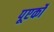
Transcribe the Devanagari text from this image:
पूएर्को